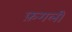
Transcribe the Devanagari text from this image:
फ़गली